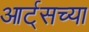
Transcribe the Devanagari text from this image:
आर्ट्‌सच्या